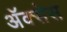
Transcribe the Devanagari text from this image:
अॅक्सेस